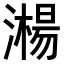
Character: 𣿘